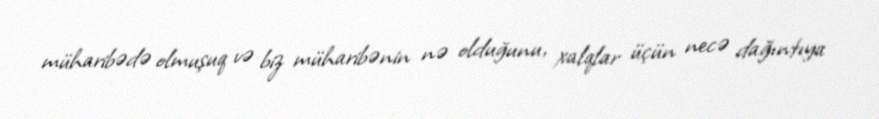
müharibədə olmuşuq və biz müharibənin nə olduğunu, xalqlar üçün necə dağıntıya